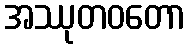
အဿုတဝတော